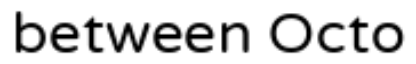
between Octo